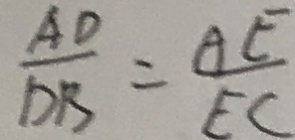
\frac { A D } { D B } = \frac { A E } { E C }